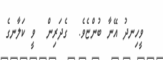
ވީހިނދު އޭނާ ބުންޏެވެ.  ގެދަރިން  ވީ ކަލާނގެ